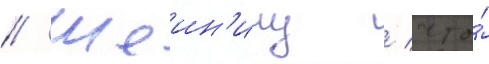
// Шеин'ину / что́